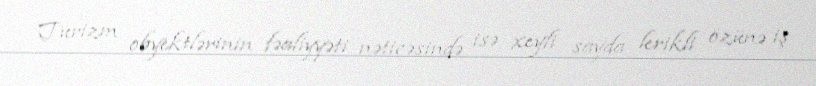
Turizm obyektlərinin fəaliyyəti nəticəsində isə xeyli sayda lerikli özünə iş